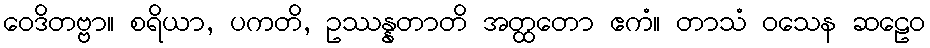
ဝေဒိတဗ္ဗာ။ စရိယာ, ပကတိ, ဥဿန္နတာတိ အတ္ထတော ဧကံ။ တာသံ ဝသေန ဆဠေဝ